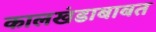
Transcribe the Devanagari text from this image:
कालखंडाबाबत